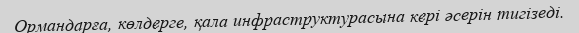
Ормандарға, көлдерге, қала инфраструктурасына кері әсерін тигізеді.